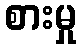
စားမှု